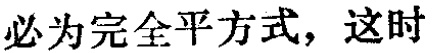
必为完全平方式，这时